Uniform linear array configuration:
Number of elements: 48
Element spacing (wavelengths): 0.25
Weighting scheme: blackman
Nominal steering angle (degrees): -45
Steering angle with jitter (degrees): -46.56
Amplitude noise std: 0.05
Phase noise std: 0.05

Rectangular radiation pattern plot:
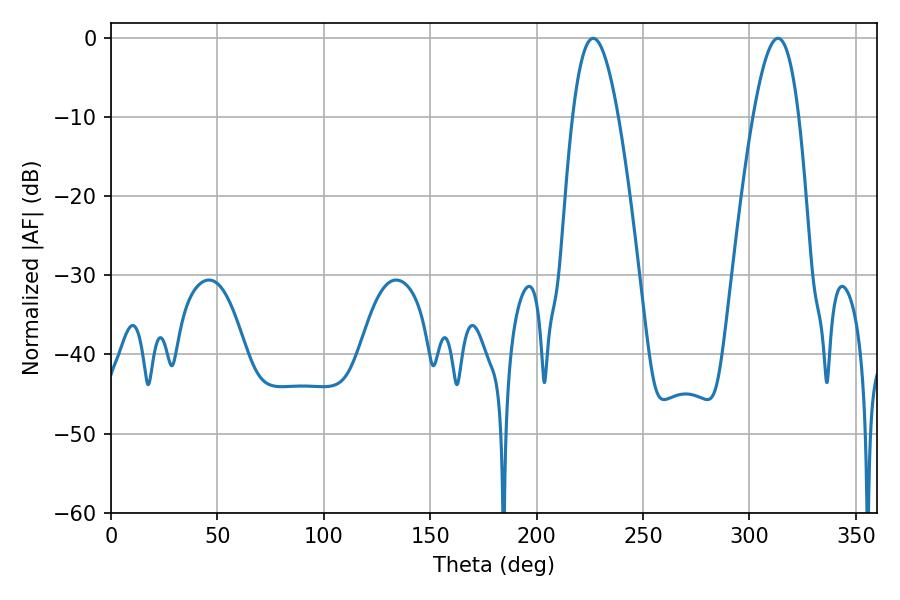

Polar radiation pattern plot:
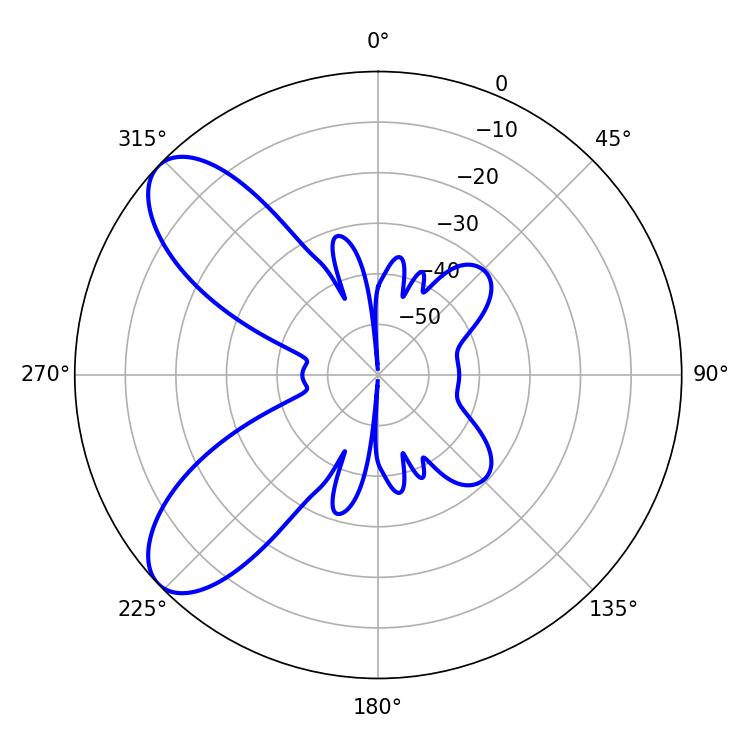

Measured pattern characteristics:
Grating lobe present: FALSE
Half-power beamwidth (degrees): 11.7
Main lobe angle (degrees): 226.62